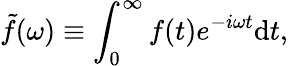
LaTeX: \tilde{f}(\omega)\equiv\int_{0}^{\infty}f(t)e^{-i\omega t}\mathrm{d}t,